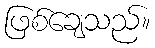
ဖြစ်ချေသည်။